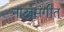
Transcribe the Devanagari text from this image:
नाट्यसंगीत्